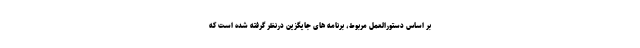
بر اساس دستورالعمل مربوط، برنامه های جایگزین درنظر گرفته شده است که